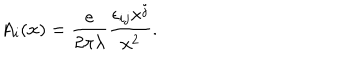
A _ { i } ( { \bf x } ) = \frac { e } { 2 \pi \lambda } \frac { \epsilon _ { i j } x ^ { j } } { { \bf x } ^ { 2 } } .